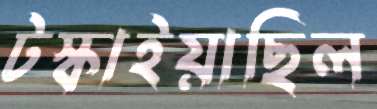
টস্‌কাইয়াছিল